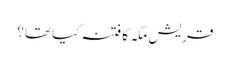
قریش مکہ کا فتنہ کیا تھا؟